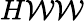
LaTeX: H\mathcal{W}\mathcal{W}